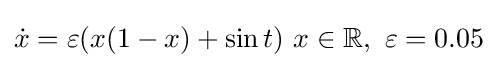
{\dot {x}}=\varepsilon (x(1-x)+\sin {t})~x\in \mathbb {R} ,~\varepsilon =0.05